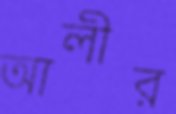
আলীর